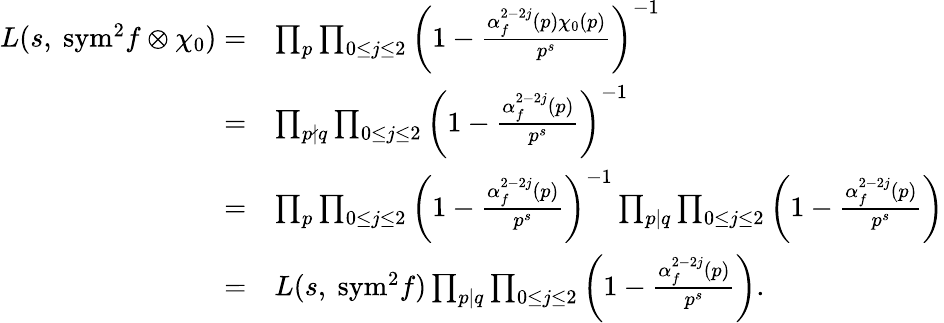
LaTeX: \begin{array}{rl}{L(s,\ \mathrm{{sym}^{2}}f\otimes\chi_{0})=}&{\prod_{p}\prod_{0\leq j\leq 2}\left(1-\frac{\alpha_{f}^{2-2j}(p)\chi_{0}(p)}{p^{s}}\right)^{-1}}\\ {=}&{\prod_{p\nmid q}\prod_{0\leq j\leq 2}\left(1-\frac{\alpha_{f}^{2-2j}(p)}{p^{s}}\right)^{-1}}\\ {=}&{\prod_{p}\prod_{0\leq j\leq 2}\left(1-\frac{\alpha_{f}^{2-2j}(p)}{p^{s}}\right)^{-1}\prod_{p\mid q}\prod_{0\leq j\leq 2}\left(1-\frac{\alpha_{f}^{2-2j}(p)}{p^{s}}\right)}\\ {=}&{L(s,\ {\mathrm{sym}^{2}}f)\prod_{p\mid q}\prod_{0\leq j\leq 2}\left(1-\frac{\alpha_{f}^{2-2j}(p)}{p^{s}}\right).}\end{array}